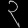
Digit: ၃